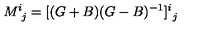
M _ { \ j } ^ { i } = [ ( G + B ) ( G - B ) ^ { - 1 } ] _ { \ j } ^ { i }